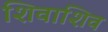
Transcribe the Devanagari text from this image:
शिवाशिव